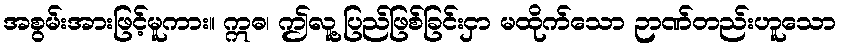
အစွမ်းအားဖြင့်မူကား။ ဣဓ၊ ဤလူ့ပြည်ဖြစ်ခြင်းငှာ မထိုက်သော ဉာဏ်တည်းဟူသော